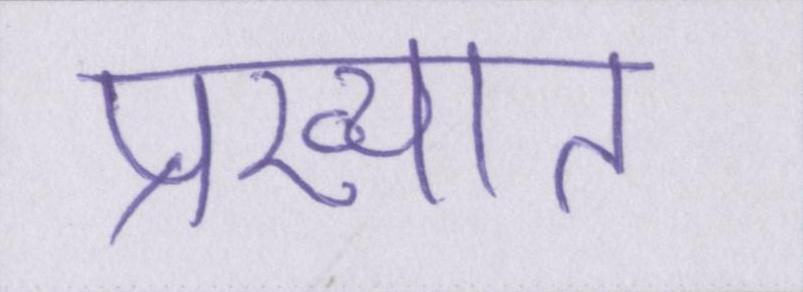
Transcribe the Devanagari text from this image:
प्रख्यात